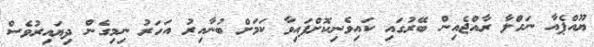
ޔޫއްޕެއާ ނަހްލާ ރާއްޖެއިން ބޭރުގައި ކައިވެނިކޮށްފައިވާ ކަމަށް ބުނާއިރު އަހަރު ނިމިގެން ދިޔައިރުވެސް